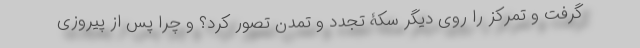
گرفت و تمرکز را روی دیگر سکۀ تجدد و تمدن تصور کرد؟ و چرا پس از پیروزی